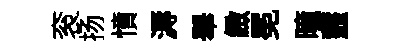
衮扬憤溽舉緻冕曈虀